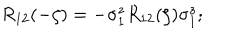
R _ { 1 2 } ( - \zeta ) = - \sigma _ { 1 } ^ { z } R _ { 1 2 } ( \zeta ) \sigma _ { 1 } ^ { z } ;